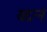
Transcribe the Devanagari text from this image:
यदन्नं